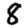
Digit: 8